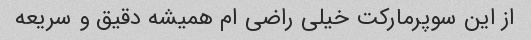
از این سوپرمارکت خیلی راضی ام همیشه دقیق و سریعه